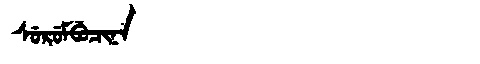
Manchu: ᠰᡠᡵᡠᠮᠪᡠᠴᡳᠨᠠ
Romanization: SURUMBUCINA